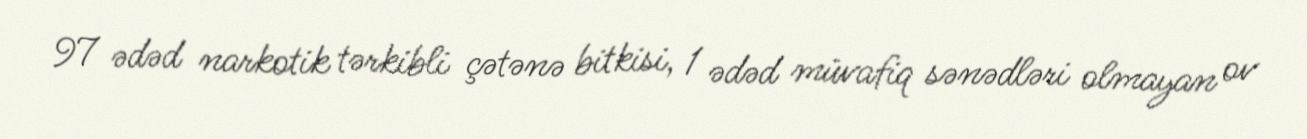
97 ədəd narkotik tərkibli çətənə bitkisi, 1 ədəd müvafiq sənədləri olmayan ov